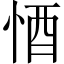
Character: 𱞙